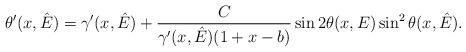
LaTeX: \begin{align*}\theta^\prime(x,\hat{E})=\gamma^\prime(x,\hat{E})+\frac{C}{\gamma^\prime(x,\hat{E}) (1+x-b)}\sin2\theta(x,E)\sin^2\theta(x,\hat{E}).\end{align*}